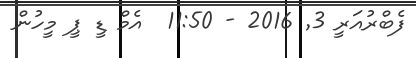
ފެބްރުއަރީ 3